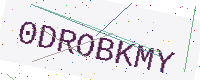
Text: 0DROBKMY